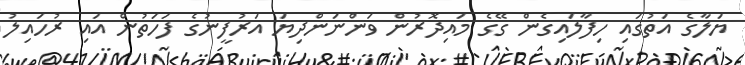
ޔަލާގެ އަތުގައި ހިފާލައިގެން ގޭގެ މައިދޮރުން ވަންނަންދިޔަ އަރުފީނުގެ ފަހަތުން އައި ރުހައިލު